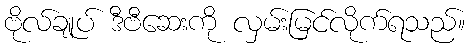
ဗိုလ်ချုပ် ဒီဗီဆေးကို လှမ်းမြင်လိုက်ရသည်။